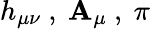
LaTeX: h_{\mu\nu}\ ,\ \mathbf{A}_{\mu}\ ,\ \pi